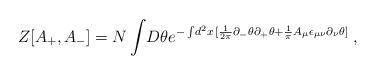
LaTeX: \begin{align*} Z[A_{+},A_{-} ] = N \int \! D \theta e^{-\int \! d^2 x \, [ \frac{1}{2 \pi} \partial_{-} \theta \partial_{+} \theta + \frac{1}{\pi} A_{\mu} \epsilon_{\mu \nu} \partial_{\nu}\theta]}\; ,\end{align*}